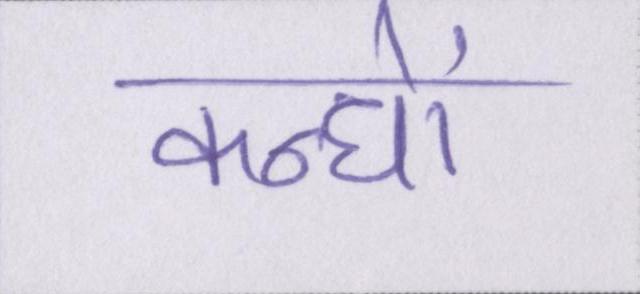
कन्धों